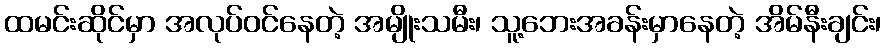
ထမင်းဆိုင်မှာ အလုပ်ဝင်နေတဲ့ အမျိုးသမီး၊ သူ့ဘေးအခန်းမှာနေတဲ့ အိမ်နီးချင်း၊